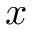
x